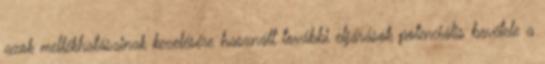
azok mellékhatásainak kezelésére használt további eljárások potenciális bevétele a